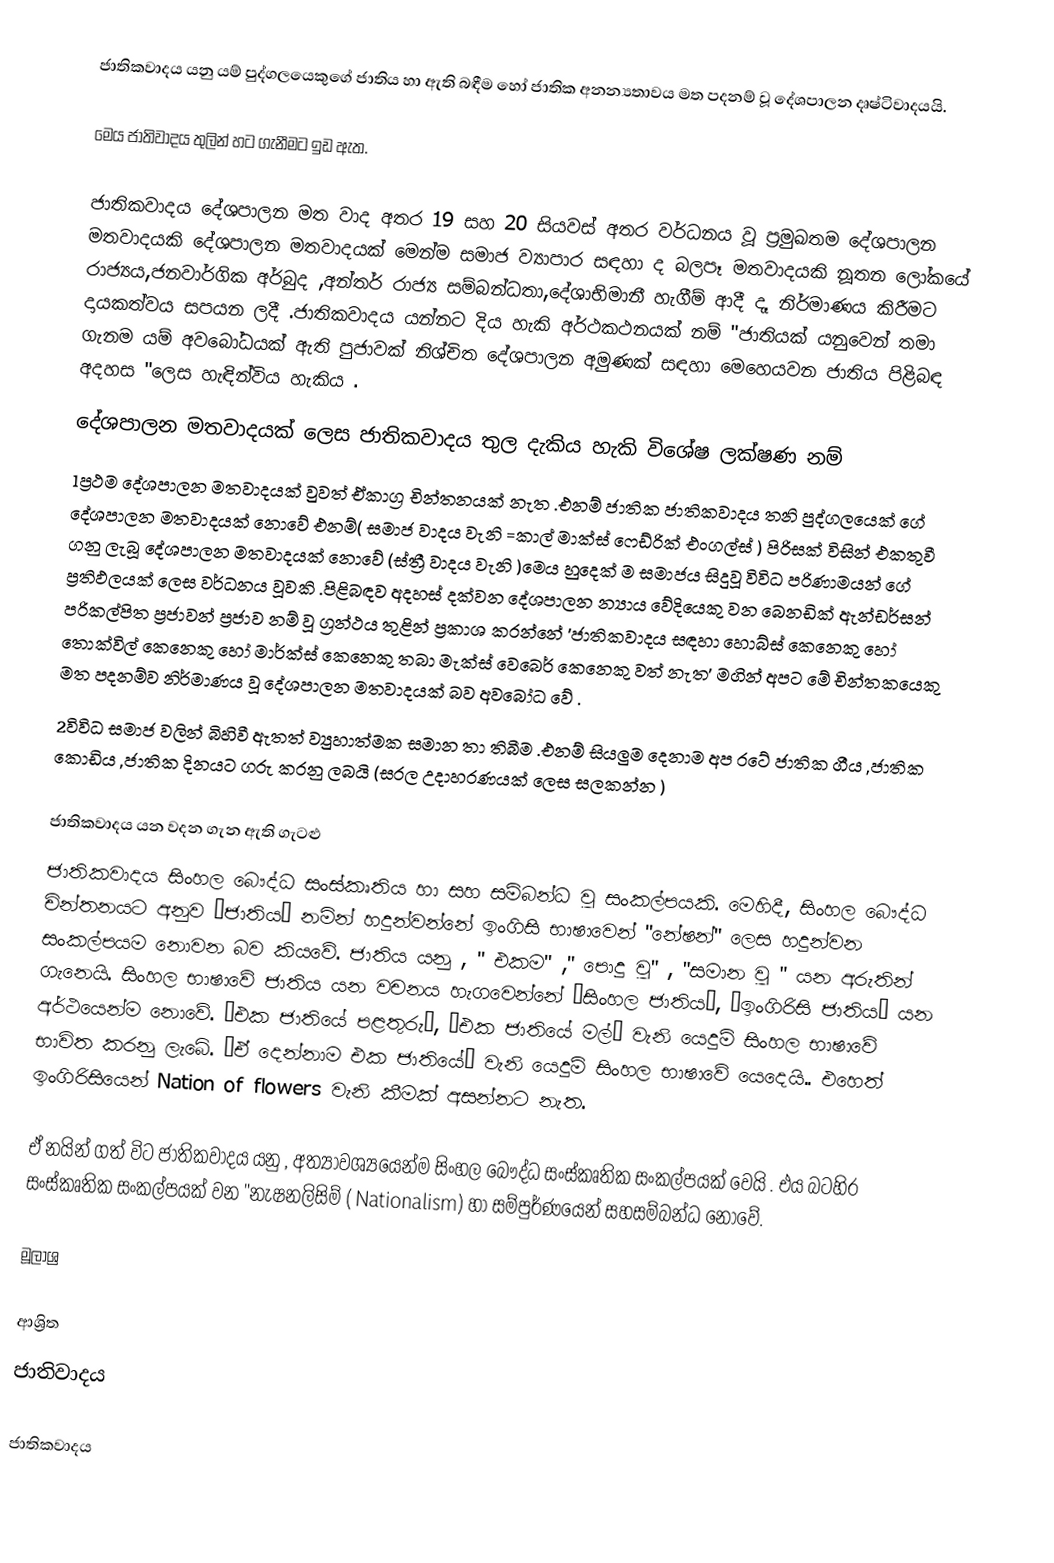
ජාතිකවාදය යනු යම් පුද්ගලයෙකුගේ ජාතිය හා ඇති බඳීම හෝ ජාතික අනන්‍යතාවය මත පදනම් වූ දේශපාලන දෘෂ්ටිවාදයයි.

මෙය ජාතිවාදය තුලින් හට ගැනීමට ඉඩ ඇත.

ජාතිකවාදය දේශපාලන මත වාද අතර 19 සහ 20 සියවස් අතර වර්ධනය වූ ප්‍රමුඛතම  දේශපාලන මතවාදයකි දේශපාලන මතවාදයක් මෙන්ම සමාජ ව්‍යාපාර සඳහා ද බලපෑ මතවාදයකි නූතන ලෝකයේ රාජ්‍යය,ජනවාර්ගික අර්බුද ,අන්තර් රාජ්‍ය සම්බන්ධතා,දේශාභිමානී හැගීම් ආදී දෑ නිර්මාණය කිරීමට දායකත්වය සපයන ලදී .ජාතිකවාදය යන්නට දිය හැකි අර්ථකථනයක් නම් "ජාතියක් යනුවෙන් තමා ගැනම යම් අවබෝධයක් ඇති පුජාවක් නිශ්චිත දේශපාලන අමුණක් සඳහා මෙහෙයවන ජාතිය පිළිබඳ අදහස "ලෙස හැඳින්විය හැකිය .
දේශපාලන මතවාදයක් ලෙස ජාතිකවාදය තුල දැකිය හැකි විශේෂ ලක්ෂණ නම්
1ප්‍රථම දේශපාලන මතවාදයක් වුවත් ඒකාග්‍ර චින්තනයක් නැත .එනම් ජාතික ජාතිකවාදය තනි පුද්ගලයෙක් ගේ දේශපාලන මතවාදයක් නොවේ එනම්( සමාජ වාදය වැනි =කාල් මාක්ස් ෆෙඩ්රික් එංගල්ස්  ) පිරිසක් විසින්   එකතුවී ගනු ලැබූ දේශපාලන මතවාදයක් නොවේ (ස්ත්‍රී වාදය වැනි )මෙය හුදෙක් ම සමාජය සිදුවූ විවිධ පරිණාමයන් ගේ ප්‍රතිඵලයක් ලෙස වර්ධනය වූවකි .පිළිබඳව අදහස් දක්වන දේශපාලන න්‍යාය වේදියෙකු වන බෙනඩික්  ඇන්ඩර්සන් පරිකල්පිත ප්‍රජාවන් ප්‍රජාව නම් වූ ග්‍රන්ථය තුළින් ප්‍රකාශ   කරන්නේ 'ජාතිකවාදය සඳහා හොබ්ස් කෙනෙකු හෝ තොක්විල් කෙනෙකු හෝ මාර්ක්ස් කෙනෙකු තබා මැක්ස් වෙබෙර් කෙනෙකු වත් නැත' මගින් අපට මේ චින්තකයෙකු මත පදනම්ව නිර්මාණය වූ දේශපාලන මතවාදයක් බව අවබෝධ වේ .
2විවිධ සමාජ වලින් බිහිවී ඇතත් ව්‍යුහාත්මක සමාන තා තිබීම .එනම් සියලුම දෙනාම අප රටේ ජාතික ගීය ,ජාතික කොඩිය ,ජාතික දිනයට ගරු කරනු ලබයි (සරල උදාහරණයක් ලෙස සලකන්න )

ජාතිකවාදය යන වදන ගැන ඇති ගැටළු
ජාතිකවාදය සිංහල බෞද්ධ සංස්කෘතිය  හා සහ සම්බන්ධ වූ සංකල්පයකි. මෙහිදී, සිංහල බෞද්ධ චින්තනයට අනුව ‘ජාතිය’ නමින් හදුන්වන්නේ ඉංගිසි භාෂාවෙන් "නේෂන්" ලෙස හදුන්වන සංකල්පයම නොවන බව කියවේ. ජාතිය  යනු , " එකම" ," පොදු වූ" , "සමාන වූ " යන අරුතින්  ගැනෙයි. සිංහල භාෂාවේ ජාතිය යන වචනය හැගවෙන්නේ ‘සිංහල ජාතිය’, ‘ඉංගිරිසි ජාතිය’ යන අර්ථයෙන්ම නොවේ. ‘එක ජාතියේ පළතුරු’, ‘එක ජාතියේ මල්’ වැනි යෙදුම් සිංහල භාෂාවේ  භාවිත කරනු ලැබේ. ‘ඒ දෙන්නාම එක ජාතියේ’ වැනි යෙදුම්  සිංහල භාෂාවේ  යෙදෙයි.. එහෙත් ඉංගිරිසියෙන් Nation of flowers වැනි කීමක් අසන්නට නැත.

ඒ නයින් ගත් විට  ජාතිකවාදය යනු , අත්‍යාවශ්‍යයෙන්ම සිංහල බෞද්ධ සංස්කෘතික සංකල්පයක් වෙයි . එය බටහිර සංස්කෘතික සංකල්පයක් වන "නැෂනලිසිම්  ( Nationalism) හා සම්පුර්ණයෙන් සහසම්බන්ධ නොවේ.

මූලාශ්‍ර

ආශ්‍රිත
 ජාතිවාදය

ජාතිකවාදය